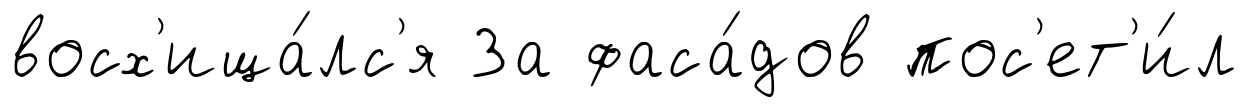
восх'ища́лс'я За фаса́дов пос'ет'и́л